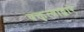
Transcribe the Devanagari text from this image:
वक्तृत्वाद्वारे